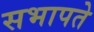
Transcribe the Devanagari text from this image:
सभापते